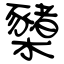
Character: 櫫